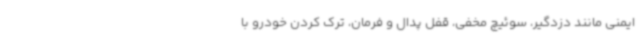
ایمنی مانند دزدگیر، سوئیچ مخفی، قفل پدال و فرمان، ترک کردن خودرو با